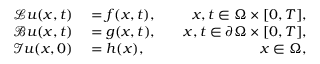
\begin{array} { r l r } { \mathcal { L } \boldsymbol { u } ( \boldsymbol { x } , t ) } & { { } = \boldsymbol { f } ( \boldsymbol { x } , t ) , } & { \quad \boldsymbol { x } , t \in \Omega \times [ 0 , T ] , } \\ { \mathcal { B } \boldsymbol { u } ( \boldsymbol { x } , t ) } & { { } = \boldsymbol { g } ( \boldsymbol { x } , t ) , } & { \quad \boldsymbol { x } , t \in \partial \Omega \times [ 0 , T ] , } \\ { \mathcal { I } \boldsymbol { u } ( \boldsymbol { x } , 0 ) } & { { } = \boldsymbol { h } ( \boldsymbol { x } ) , } & { \quad \boldsymbol { x } \in \Omega , } \end{array}